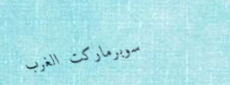
سوبرماركت الغرب